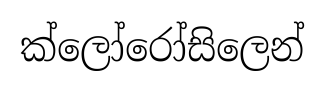
ක්ලෝරෝසිලෙන්